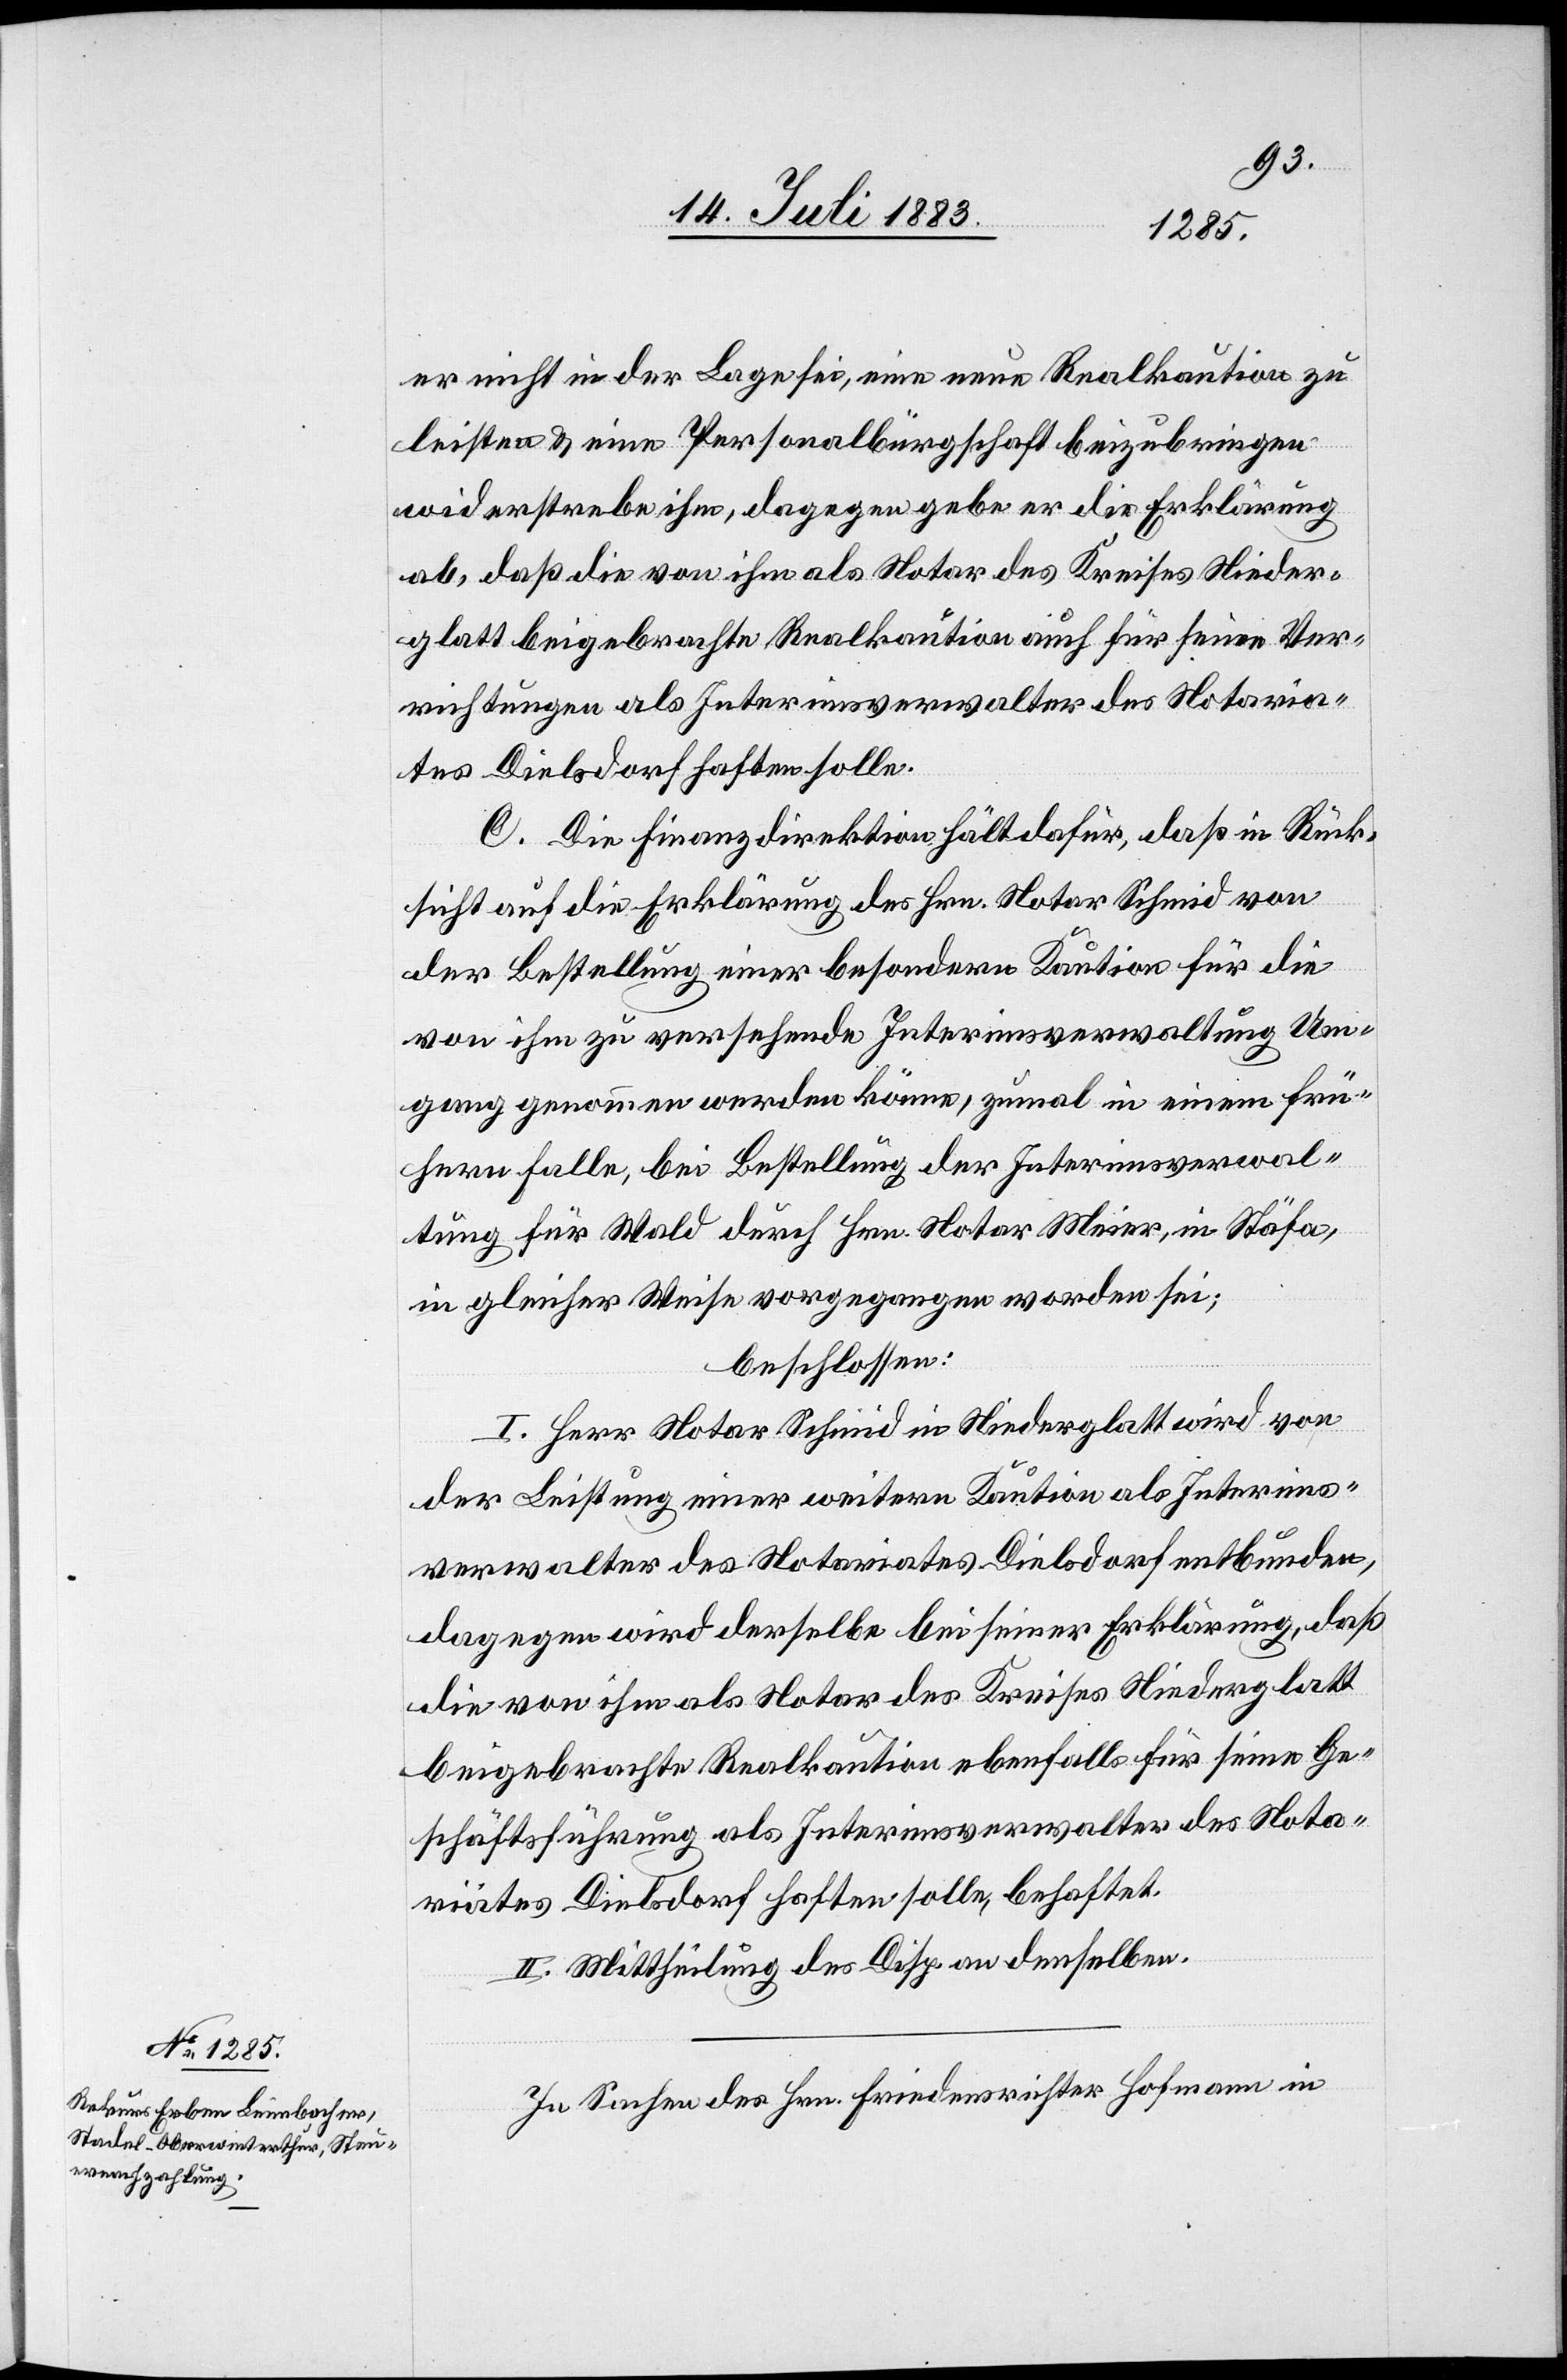
er nicht in der Lage sei, eine neue Realkaution zu
leisten & eine Personalbürgschaft beizubringen
widerstrebe ihm, dagegen gebe er die Erklärung
ab, daß die von ihm als Notar des Kreises Nieder¬
glatt beigebrachte Realkaution auch für seine Ver¬
richtungen als Interimsverwalter des Notaria¬
tes Dielsdorf haften solle.
C. Die Finanzdirektion hält dafür, daß in Rück¬
sicht auf die Erklärung des Hrn. Notar Schmid von
der Bestellung einer besondern Kaution für die
von ihm zu versehende Interimsverwaltung Um¬
gang genommen werden könne, zumal in einem frü¬
hern Falle, bei Bestellung der Interimsverwal¬
tung für Wald durch Hrn. Notar Meier, in Stäfa,
in gleicher Weise vorgegangen worden sei;
beschlossen:
I. Herr Notar Schmid in Niederglatt wird von
der Leistung einer weitern Kaution als Interims¬
verwalter des Notariates Dielsdorf entbunden,
dagegen wird derselbe bei seiner Erklärung, daß
die von ihm als Notar des Kreises Niederglatt
beigebrachte Realkaution ebenfalls für seine Ge¬
schäftsführung als Interimsverwalter des Nota¬
riates Dielsdorf haften solle, behaftet.
II. Mittheilung des Disp. an denselben.
In Sachen des Hrn. Friedensrichter Hofmann in